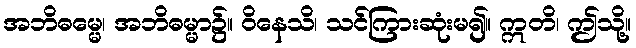
အဘိဓမ္မေ၊ အဘိဓမ္မာ၌။ ဝိနေသိ၊ သင်ကြားဆုံးမ၍။ ဣတိ၊ ဤသို့။